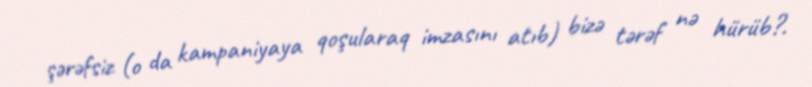
şərəfsiz (o da kampaniyaya qoşularaq imzasını atıb) bizə tərəf nə hürüb?.